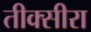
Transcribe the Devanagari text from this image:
तीक्सीरा